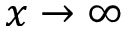
x \to \infty